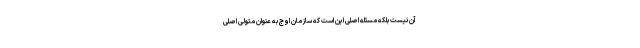
آن نیست بلکه مسئله اصلی این است که سازمان اوج به عنوان متولی اصلی